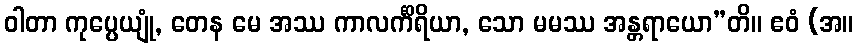
ဝါတာ ကုပ္ပေယျုံ, တေန မေ အဿ ကာလင်္ကိရိယာ, သော မမဿ အန္တရာယော”တိ။ ဧဝံ (အ။